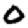
Digit: 0